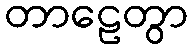
တာဠေတွာ